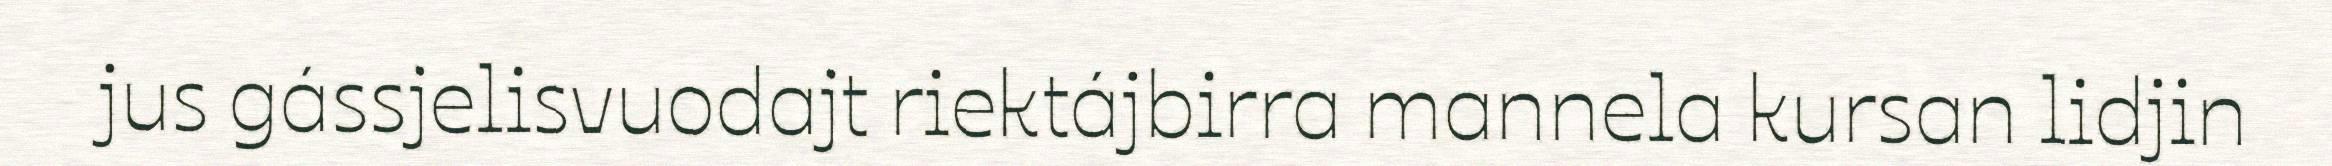
jus gássjelisvuodajt riektájbirra mannela kursan lidjin